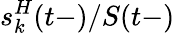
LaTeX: s_{k}^{H}(t-)/S(t-)